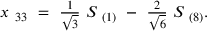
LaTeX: \begin{array} { l } { { x _ { \ 3 3 } \ = \ \frac { 1 } { \sqrt { 3 } } \ S _ { \ ( 1 ) } \ - \ \frac { 2 } { \sqrt { 6 } } \ S _ { \ ( 8 ) } . } } \end{array}